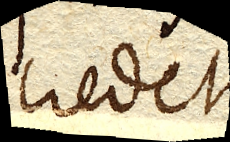
credet.